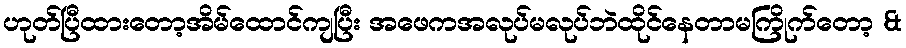
ဟုတ်ပြီထားတော့အိမ်ထောင်ကျပြီး အဖေကအလုပ်မလုပ်ဘဲထိုင်နေတာမကြိုက်တော့ &